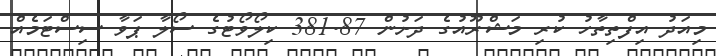
މިއަދު އިފްތިތާހު ކުރި މަޝްރޫއުގެ ދަށުން 381.87 ކިލޯވޯޓުގެ ސޯލާ ޕަވާ ސިސްޓަމެއް